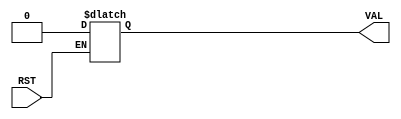
`define  n 32
`define max_size 30
`define SIMULATION_MEMORY
//`define SC_FIFO_ASYNC_RESET				// Uncomment for Syncr. reset
//`define SC_FIFO_ASYNC_RESET	or negedge rst		// Uncomment for Async. reset
 `define dwa 32
 `define awa 4
//`define SC_FIFO_ASYNC_RESET				// Uncomment for Syncr. reset
//`define SC_FIFO_ASYNC_RESET	or negedge rst		// Uncomment for Async. reset
//`define SC_FIFO_ASYNC_RESET				// Uncomment for Syncr. reset
//`define SC_FIFO_ASYNC_RESET	or negedge rst		// Uncomment for Async. reset
 `define dwc 128
 `define awa 4
//`define SC_FIFO_ASYNC_RESET				// Uncomment for Syncr. reset
//`define SC_FIFO_ASYNC_RESET	or negedge rst		// Uncomment for Async. reset
 `define dwd 128 
//`define SC_FIFO_ASYNC_RESET				// Uncomment for Syncr. reset
//`define SC_FIFO_ASYNC_RESET	or negedge rst		// Uncomment for Async. reset
 `define dwc  60
`define awc 3
//`define SC_FIFO_ASYNC_RESET				// Uncomment for Syncr. reset
//`define SC_FIFO_ASYNC_RESET	or negedge rst		// Uncomment for Async. reset
 `define dwf  313
`define awf 3
//`define SC_FIFO_ASYNC_RESET				// Uncomment for Syncr. reset
//`define SC_FIFO_ASYNC_RESET	or negedge rst		// Uncomment for Async. reset
 `define dwx  131
`define awx 2

module ResetToBool (RST, VAL);

input RST;
output VAL;
reg VAL;

always @ (RST or VAL)
begin

if (RST == 1)
VAL=1'b0;

end
endmodule